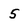
Character: 5